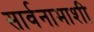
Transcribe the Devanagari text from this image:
सार्वनामाशी